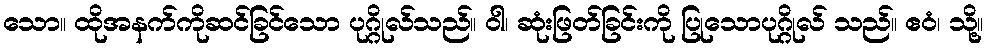
သော။ ထိုအနက်ကိုဆင်ခြင်သော ပုဂ္ဂိုလ်သည်။ ဝါ၊ ဆုံးဖြတ်ခြင်းကို ပြုသောပုဂ္ဂိုလ် သည်။ ဧဝံ၊ သို့။